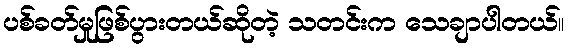
ပစ်ခတ်မှုဖြစ်ပွားတယ်ဆိုတဲ့ သတင်းက သေချာပါတယ်။